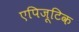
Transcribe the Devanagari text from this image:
एपिजूटिक